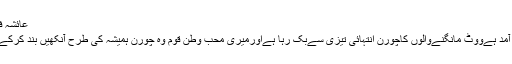
عائشہ فیصل | مکالمہ
الیکشن کی آمد آمد ہےووٹ مانگنےوالوں کاچورن انتہائی تیزی سےبک رہا ہےاورمیری محب وطن قوم وہ چورن ہمیشہ کی طرح آنکھیں بند کرکےخریدرہی ہے۔